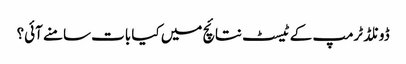
ڈونلڈ ٹرمپ کے ٹیسٹ نتائچ میں کیا بات سامنے آئی؟